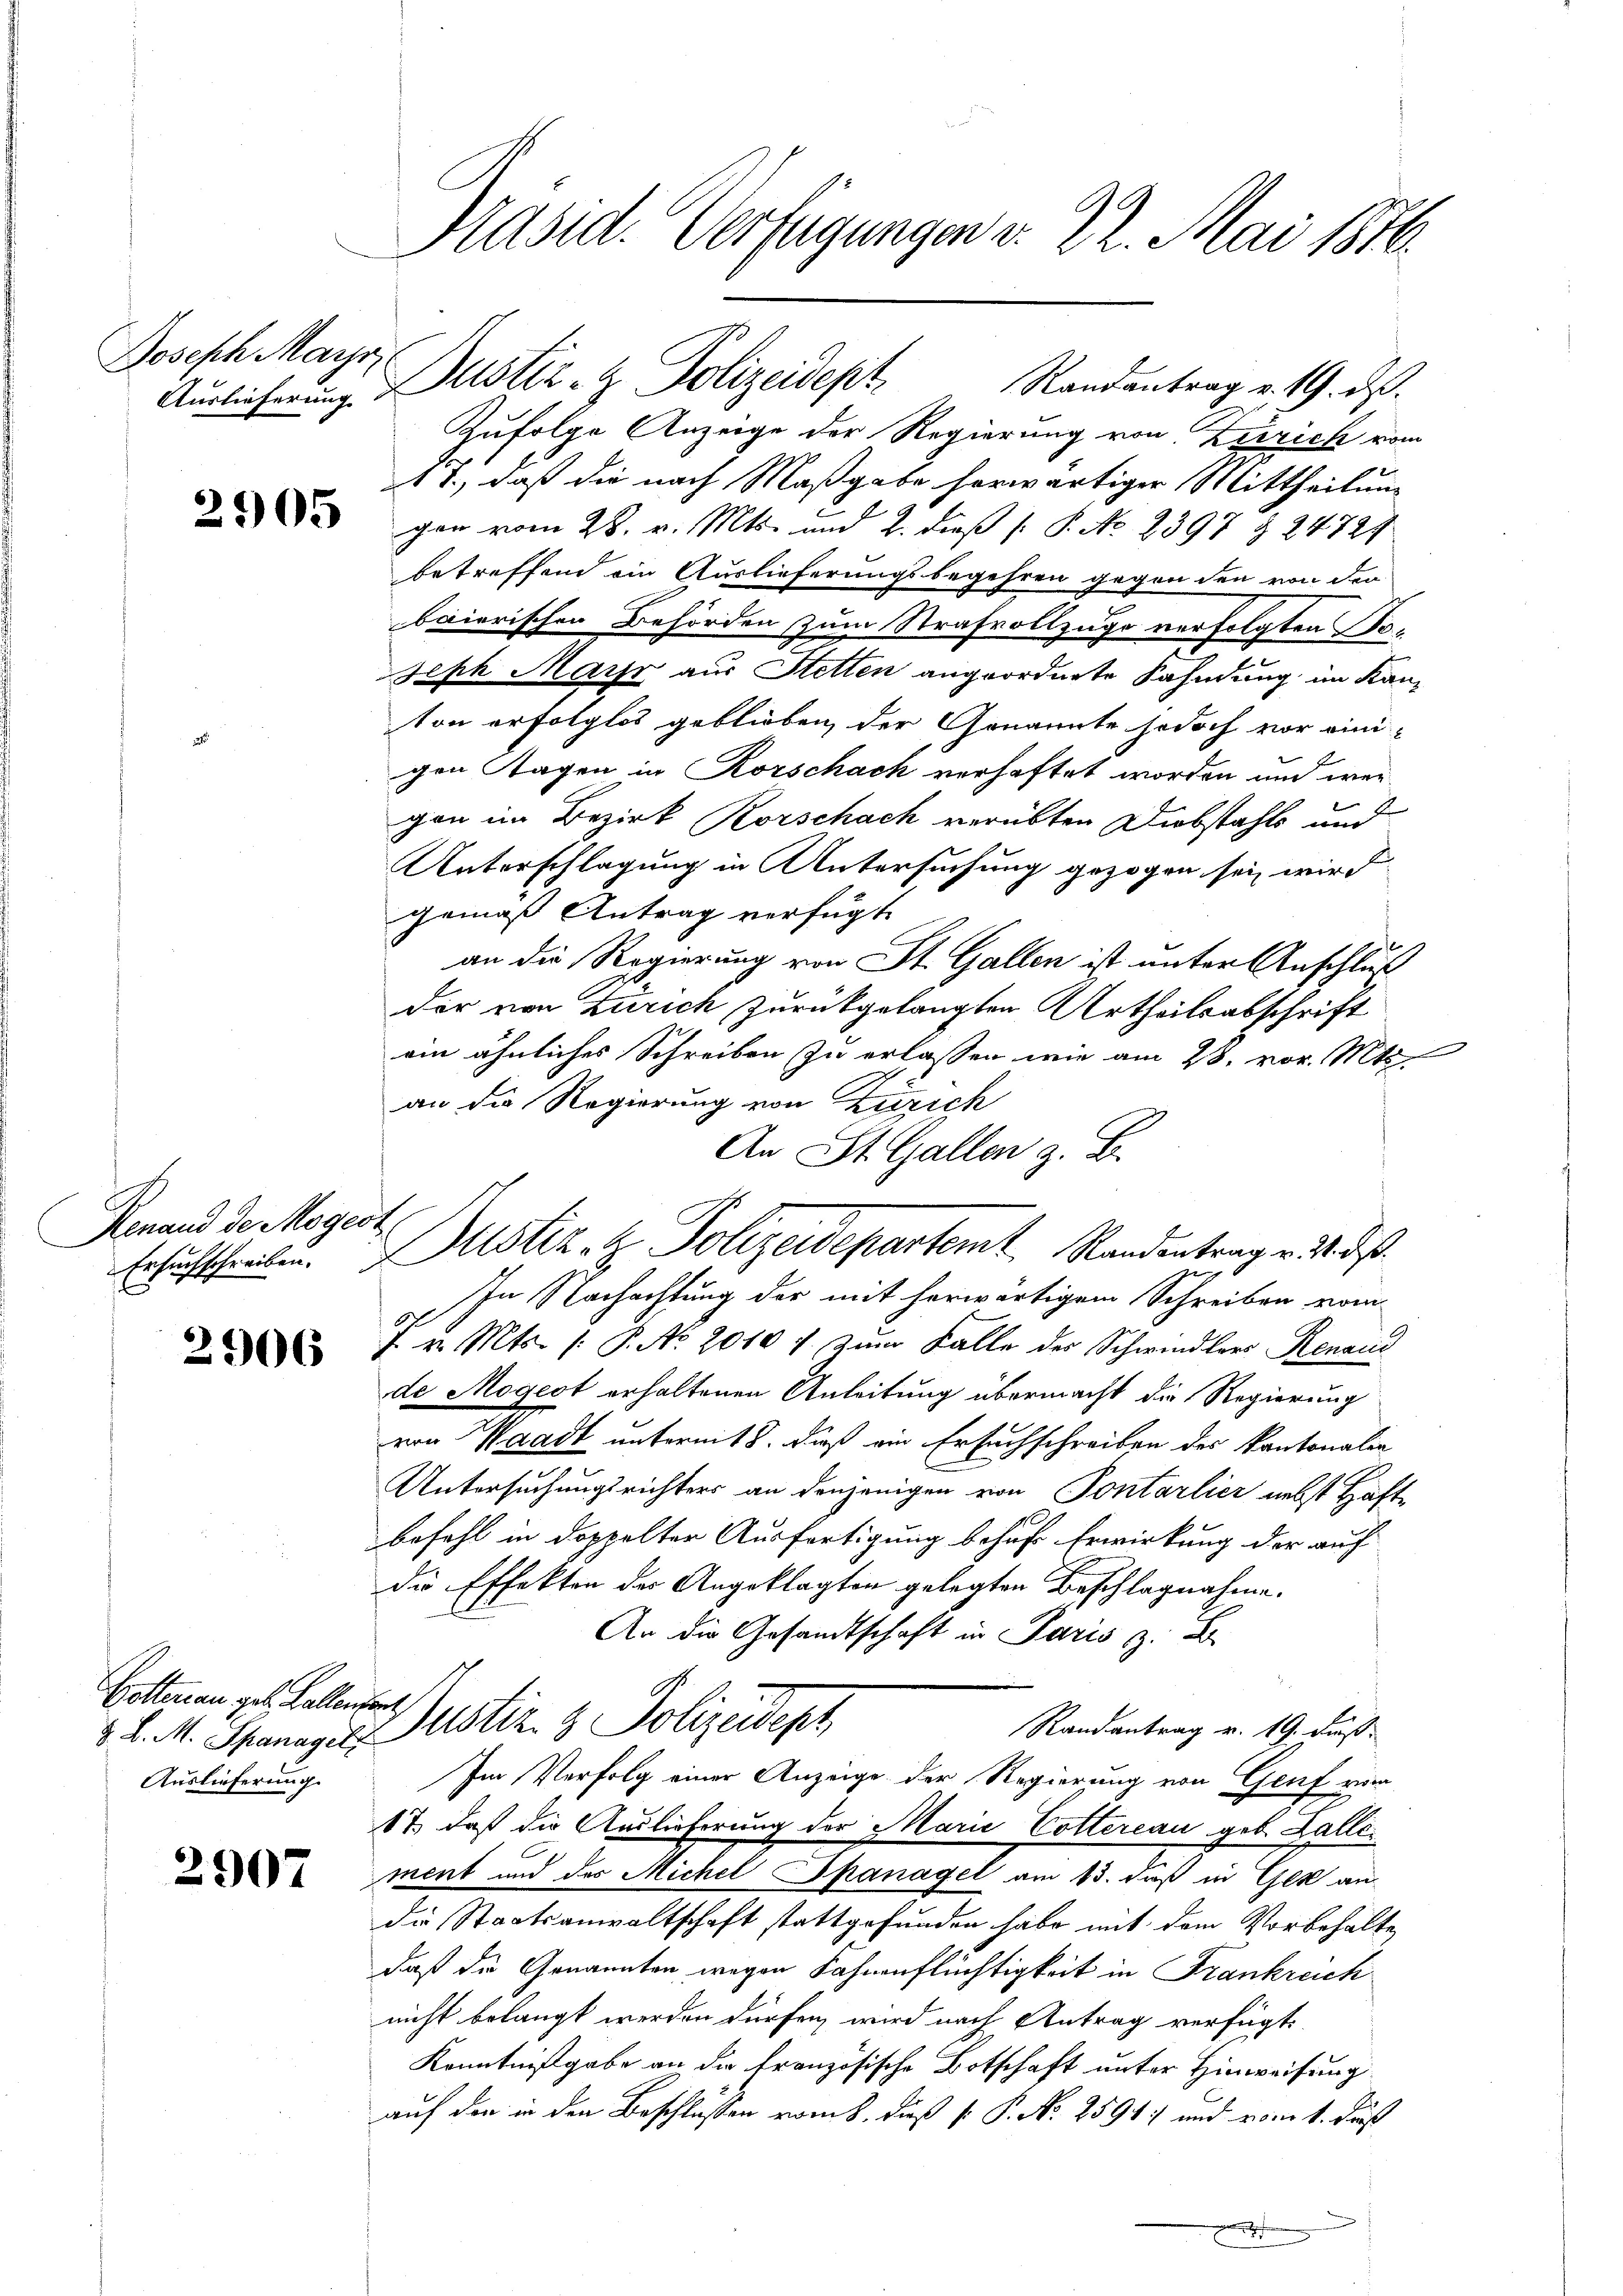
Joseph Mayr

2905

Renand der Mogest

2906

Dotterau geb. Ballenster
Auslieferung

2907

Präsid. Verfügungen v. 22. Mai 1876.

Auslicherung Dustiz- & Polizeidept
Zufolge Anzeige der Regierung von Zürich vom
11., daß die nach Maßgabe herwärtiger Mittheilung
gen vom 28. v. Mts. und 2. dieß (: P. No. 2397 § 24724
betreffend ein Auslieferungsbegehren gegen den von den
baierischen Behörden zum Strafvollzuge verfolgten Sta¬
Seph Mars aus Stetten angeordnete Fahndung im Kanvon erfolglos geblieben der Genannte jedoch vor einigen Tagen in Korschach verhaftet worden und wen
gan im Bezirk Korschach verübten Diebstahls und
Unterschlagung in Untersuchung gezogen sei wird
gemäß Antrag verfügt
an die Regierung von St. Gallen ist unter Anschluß
der von Zürich zurückgelangten Urtheilsabschrift
ein ähnliches Schreiben zu erlassen wie am 28. vor. Mts.
an die Regierung von Zürich
An St. Gallen z. B.
Ersuchschreiben. Zustiz- & Polizeidepartemt Randentrag v. M. d
In Nachachtung der mit herwärtigem Schreiben vom
F. v. Mts. /: P. No 2010) zum Falle der Schwindlers Renais
de Mögest erhaltenen Anleitung übermacht die Regierung
von Waadt untermit 8. dieß ein Ersuchschreiben des Kantonalie
Untersuchungsrichters an denjenigen von Pontarlier nebst Haft-
befehl in doppelter Ausfertigung behuf Erwirkung der auf
die Effekten des Angeklagten gelegten Beschlagnahme.
An die Gesandtschaft in Paris z. B.
Randantrag v. 19. dieß.
2. d. M. Spanagels Justiz- & Polizeidept
Im Verfolg einer Anzeige der Regierung von Genf vom
17, daß die Auslieferung der Marie Cottereau geb. Zalliment und des Michel Spanagel am 13. daß in Gek an
die Staatsanwaltschaft stattgefunden habe mit dem Vorbehalte
daß die Genannten wegen Fahnenflüchtigkeit in Frankreich
nicht belangt werden dürfen, wird nach Antrag verfügt:
Kenntnißgabe an die Französische Botschaft unter Hinweisung
auf den in den Beschlüssen vom 8. dieß P. P. No. 2591 und vom 1. Fuß

Randantrag v. 19. ds.